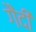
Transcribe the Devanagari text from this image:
गैंदी